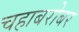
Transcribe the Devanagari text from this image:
चहाबरोबर